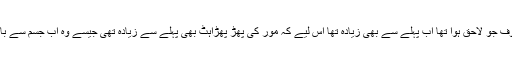
مگر وہ اک خوف جو لاحق ہوا تھا اب پہلے سے بھی زیادہ تھا اس لیے کہ مور کی پھڑ پھڑاہٹ بھی پہلے سے زیادہ تھی جیسے وہ اب جسم سے باہر آنا چاہتا ہو۔